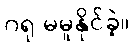
ဂရု မမူနိုင်ခဲ့။